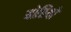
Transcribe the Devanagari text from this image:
योरियो